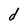
Character: d